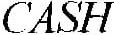
CASH